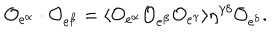
{ \cal O } _ { e ^ { \alpha } } \cdot { \cal O } _ { e ^ { \beta } } = \langle { \cal O } _ { e ^ { \alpha } } { \cal O } _ { e ^ { \beta } } { \cal O } _ { e ^ { \gamma } } \rangle \eta ^ { \gamma \delta } { \cal O } _ { e ^ { \delta } } .